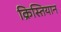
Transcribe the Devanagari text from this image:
क्रिस्तियान